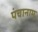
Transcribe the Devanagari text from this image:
पंचानाम्